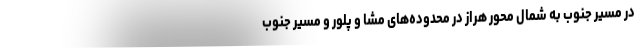
در مسیر جنوب به شمال محور هراز در محدوده‌های مشا و پلور و مسیر جنوب